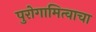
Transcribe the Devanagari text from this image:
पुरोगामित्वाचा